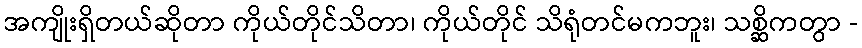
အကျိုးရှိတယ်ဆိုတာ ကိုယ်တိုင်သိတာ၊ ကိုယ်တိုင် သိရုံတင်မကဘူး၊ သစ္ဆိကတွာ -